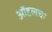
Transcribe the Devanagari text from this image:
ऑइलची